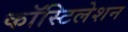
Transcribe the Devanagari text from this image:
कॉस्टिलेशन